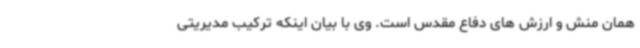
همان منش و ارزش های دفاع مقدس است. وی با بیان اینکه ترکیب مدیریتی